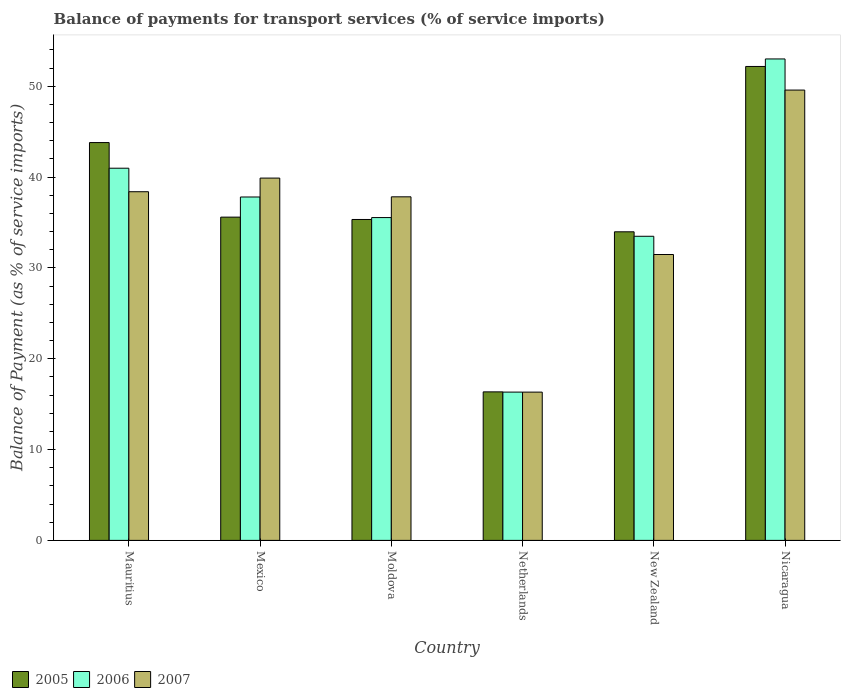
| Country | 2005 | 2006 | 2007 |
 | --- | --- | --- | --- |
 | Mauritius | 43.8 | 41 | 38.4 |
 | Mexico | 35.6 | 37.8 | 39.9 |
 | Moldova | 35.3 | 35.5 | 37.8 |
 | Netherlands | 16.4 | 16.3 | 16.3 |
 | New Zealand | 34 | 33.5 | 31.5 |
 | Nicaragua | 52.2 | 53 | 49.6 |